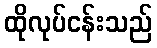
ထိုလုပ်ငန်းသည်